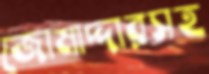
জোমাদ্দারসহ